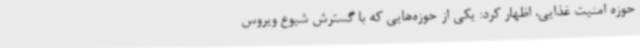
حوزه امنیت غذایی، اظهار کرد: یکی از حوزه‌هایی که با گسترش شیوع ویروس